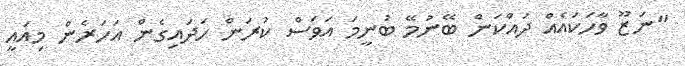
"ނަޒޫ ވާހަކައެއް ދައްކަން ބޭނުމޭ ބުނީމަ އަވަސް ކުރަން ހަދައިގެން އަހަރެން މިއައީ